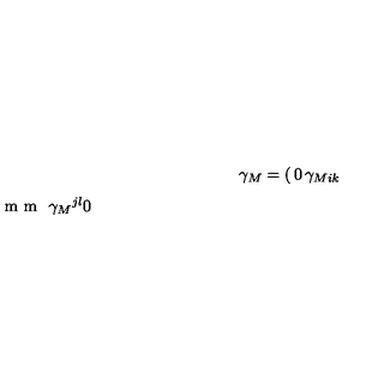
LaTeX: \gamma _ { M } = \left( \begin{matrix} { 0 } & { \gamma _ { M i k } } \\ { \noalign { \vskip 1 m m } \gamma _ { M } { } ^ { j l } } & { 0 } \\ \end{matrix} \right) \ ,